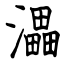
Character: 㵽